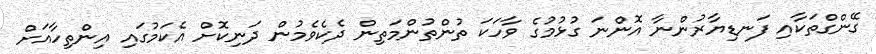
ގޭންގްތަކާއި ފަނޑިޔާރުންނާ އޮންނަ ގުޅުމުގެ ވާހަކަ ތުންތުންމަތިން ދެކެވެމުން ދަނިކޮށް އެކަމުގައި އިންތިހާއަށް